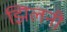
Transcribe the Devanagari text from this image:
झिलनी